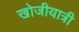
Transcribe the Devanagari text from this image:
खोजीयात्री